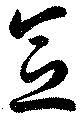
念